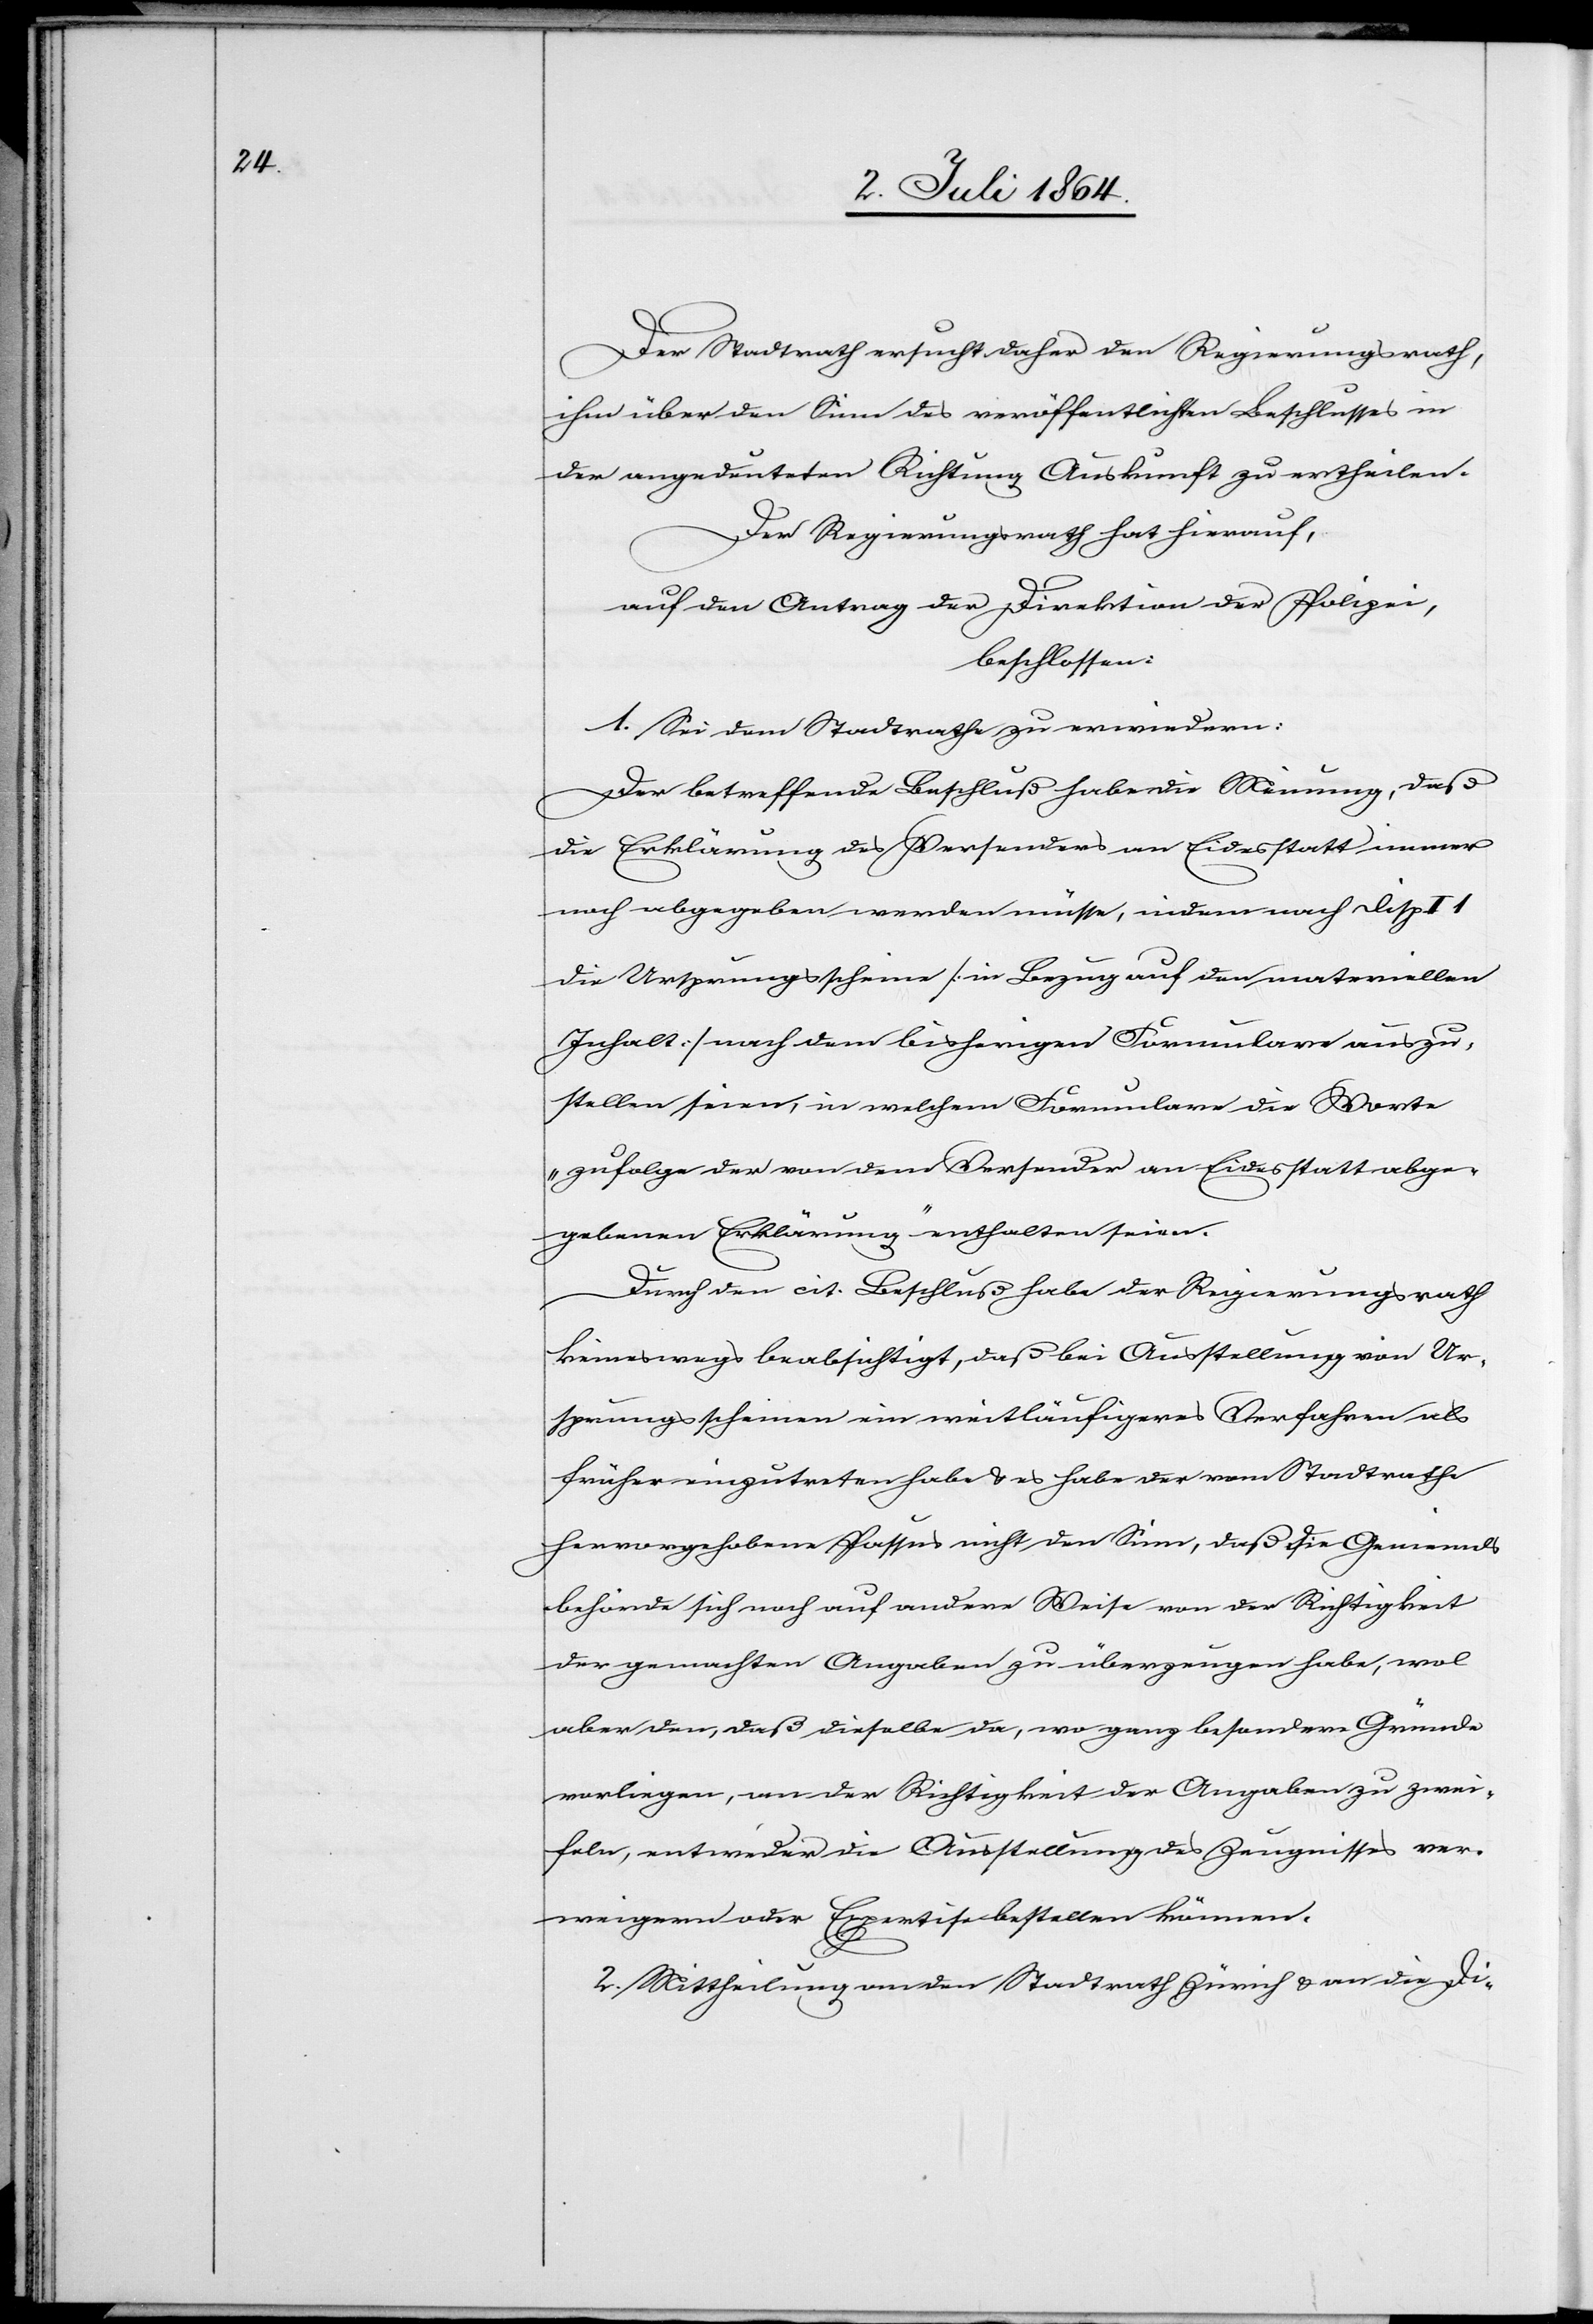
Der Stadtrath ersucht daher den Regierungsrath,
ihm über den Sinn des veröffentlichten Beschlusses in
der angedeuteten Richtung Auskunft zu ertheilen.
Der Regierungsrath hat hierauf,
auf den Antrag der Direktion der Polizei,
beschlossen:
1. Sei dem Stadtrathe zu erwiedern:
Der betreffende Beschluß habe die Meinung, daß
die Erklärung des Versandes an Eidesstatt immer
noch abgegeben werden müsse, indem nach Disp. II
die Ursprungsscheine [in Bezug auf den materiellen
Inhalt] nach dem bisherigen Formulare auszu¬
stellen seien, in welchem Formulare die Worte
„zufolge der von dem Versender an Eidesstatt abge¬
gebenen Erklärung“ enthalten seien.
Durch den cit. Beschluß habe der Regierungsrath
keineswegs beabsichtigt, daß bei Ausstellung von Ur¬
sprungsscheinen ein weitläufigeres Verfahren als
früher einzutreten habe u. es habe der vom Stadtrathe
hervorgehobene Passus nicht den Sinn, daß die Gemeinds¬
behörde sich noch auf andere Weise von der Richtigkeit
der gemachten Angaben zu überzeugen habe, wol
aber den, daß dieselbe da, wo ganz besondere Gründe
vorliegen, an der Richtigkeit der Angaben zu zwei¬
feln, entweder die Ausstellung des Zeugnisses ver¬
weigern oder Expertise bestellen können.
2. Mittheilung an den Stadtrath Zürich u. an die Di-